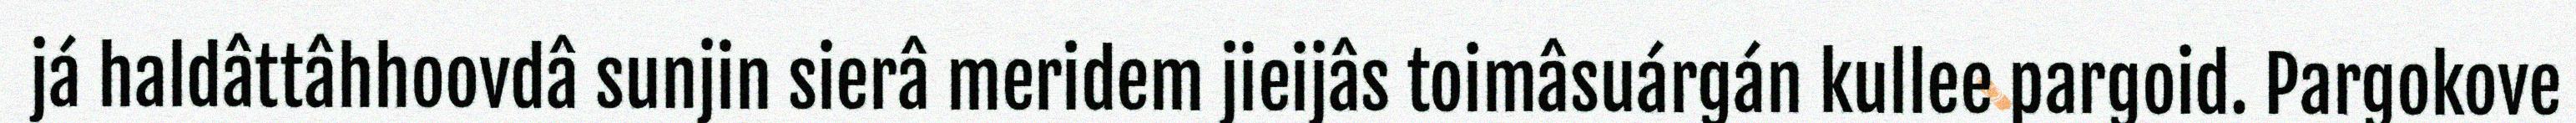
já haldâttâhhoovdâ sunjin sierâ meridem jieijâs toimâsuárgán kullee pargoid. Pargokove